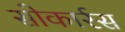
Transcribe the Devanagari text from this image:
सोकार्रस